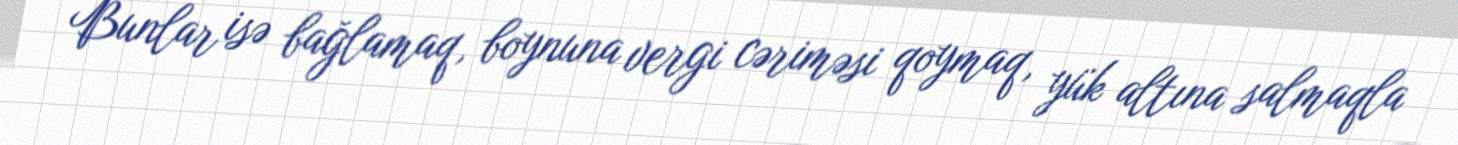
Bunlar isə bağlamaq, boynuna vergi cəriməsi qoymaq, yük altına salmaqla